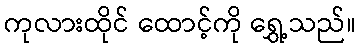
ကုလားထိုင် ထောင့်ကို ရွှေ့သည်။